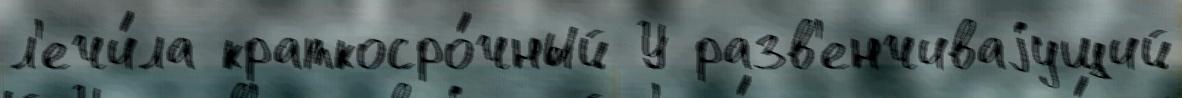
л'ечи́ла краткосро́чный У разв'енчиваjущий